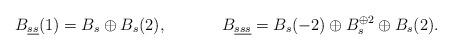
LaTeX: \begin{align*}&B_{\underline{ss}}(1)=B_s\oplus B_s(2), &&B_{\underline{sss}}=B_s(-2)\oplus B_s^{\oplus 2} \oplus B_s(2).\end{align*}